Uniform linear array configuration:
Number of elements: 48
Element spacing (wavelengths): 0.25
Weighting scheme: binomial
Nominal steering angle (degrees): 15
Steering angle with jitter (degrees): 14.893
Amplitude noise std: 0.05
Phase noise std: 0.05

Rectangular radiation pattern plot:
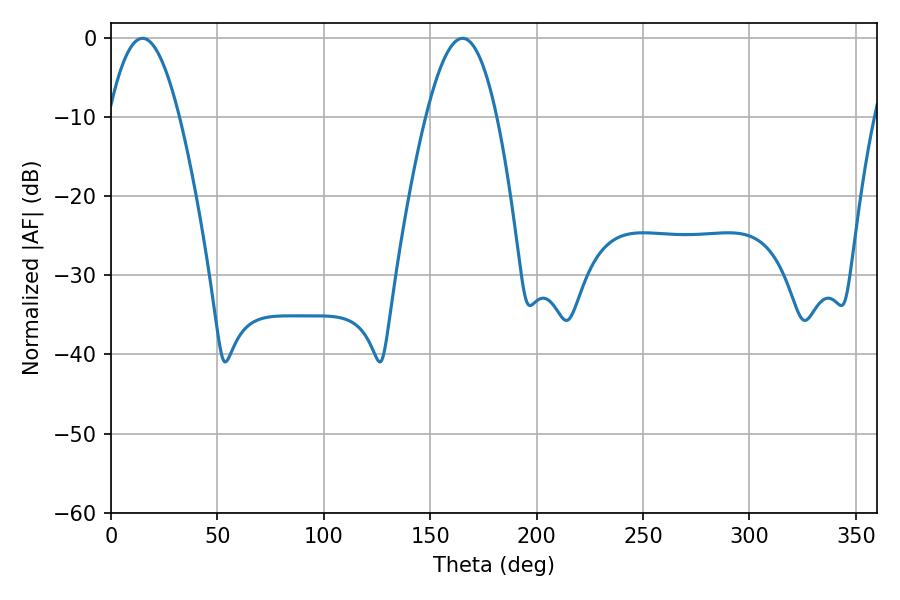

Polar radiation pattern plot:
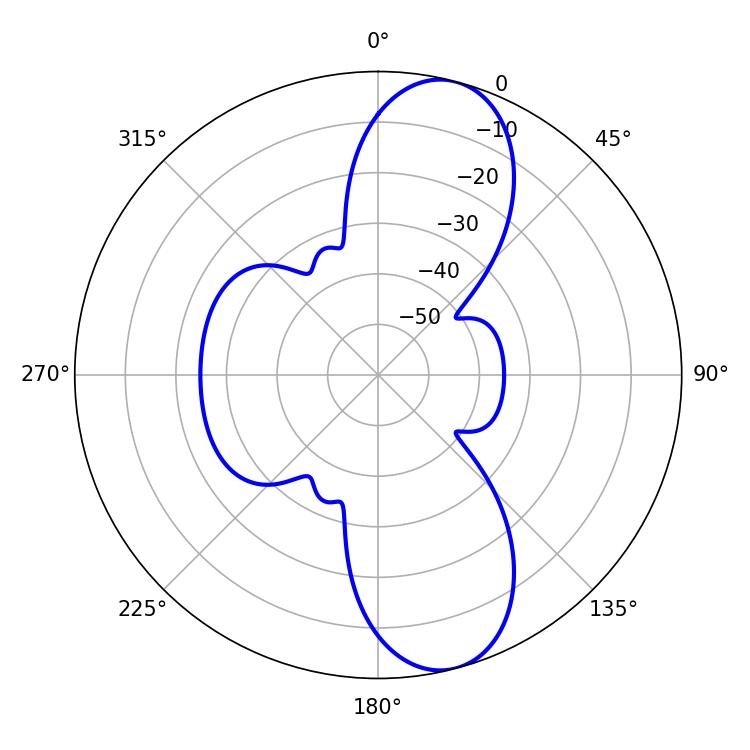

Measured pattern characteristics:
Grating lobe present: FALSE
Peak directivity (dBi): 10.632
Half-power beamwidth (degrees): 18.18
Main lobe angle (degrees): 14.76